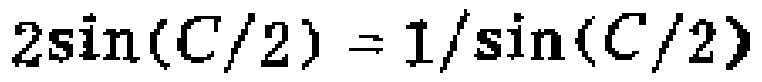
\(2\sin(C/2)=1/\sin(C/2)\)